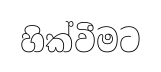
හික්වීමට